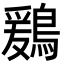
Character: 鶢